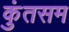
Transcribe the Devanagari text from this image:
कुंतसम